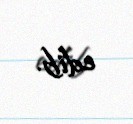
edib.